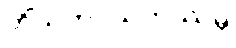
တိံသကပ္ပသဟဿမှိ